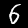
Digit: 6